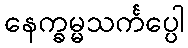
နေက္ခမ္မသင်္ကပ္ပေါ